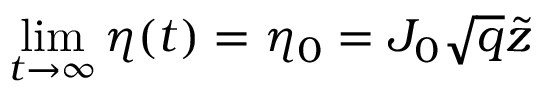
\operatorname* { l i m } _ { t \rightarrow \infty } \eta ( t ) = \eta _ { 0 } = J _ { 0 } \sqrt { q } \tilde { z }